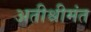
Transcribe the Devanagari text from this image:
अतीश्रीमंत